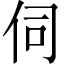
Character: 伺